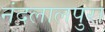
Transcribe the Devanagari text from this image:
नंदलालपुरा